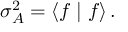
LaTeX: \sigma _ { A } ^ { 2 } = \langle f \mid f \rangle \, .